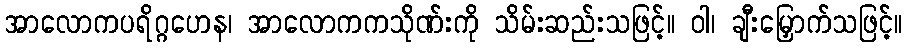
အာလောကပရိဂ္ဂဟေန၊ အာလောကကသိုဏ်းကို သိမ်းဆည်းသဖြင့်။ ဝါ၊ ချီးမြှောက်သဖြင့်။